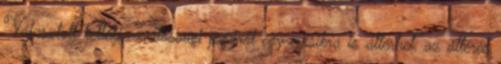
Választott kellékszavatossági jogáról egy másikra is áttérhet, az áttérés